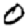
Digit: 0